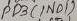
Text: PD3